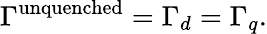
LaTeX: \Gamma^{\mathrm{unquenched}}=\Gamma_{d}=\Gamma_{q}.